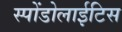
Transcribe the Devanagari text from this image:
स्पोंडोलाईटिस